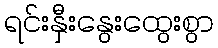
ရင်းနှီးနွေးထွေးစွာ